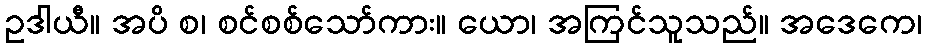
ဥဒါယီ။ အပိ စ၊ စင်စစ်သော်ကား။ ယော၊ အကြင်သူသည်။ အဒေကေ၊